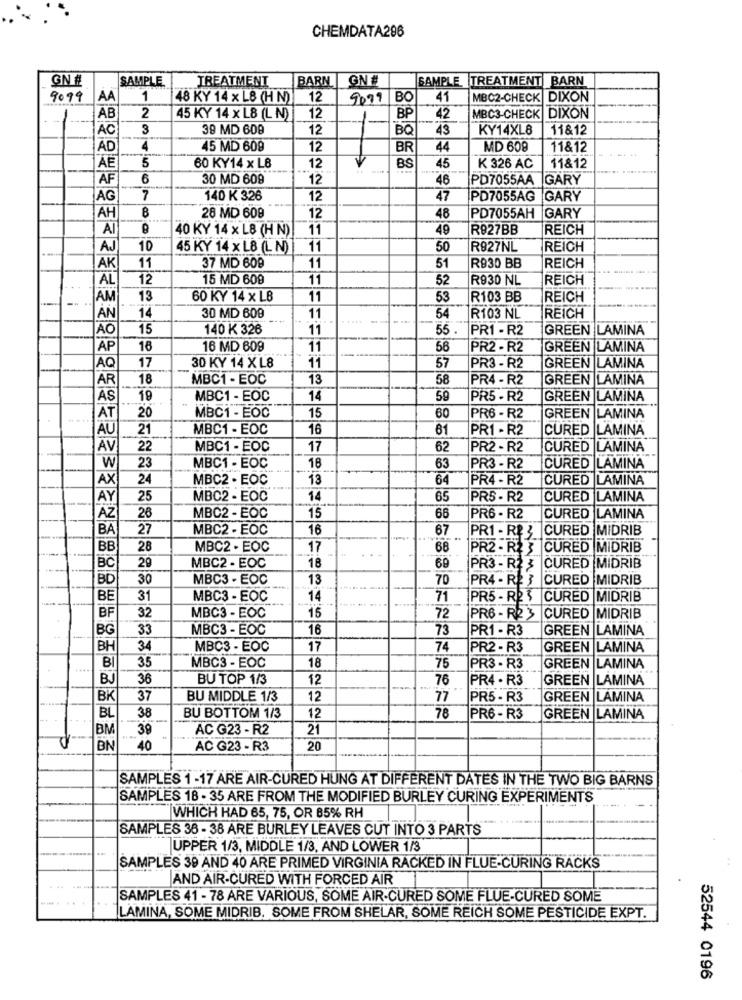
CHEMDATA296
GN #
SAMPLE.
TREATMENT
BARN
GN #
SAMPLE TREATMENT BARN
9099
AA
1
48 KY 14 x L8 (H N)
12
9099 BO
41
MBC2-CHECK DIXON
2
AB
45 KY 14 x L8 (L N)]
12
1-
BP
42
MBC3-CHECK DIXON
AC
3
39 MD 609
12
BQ
43
KY14XL8
11&12
AD
4
45 MD 609
12
BR
44
MD 609
11&12
60 KY14 x LB
45
5
12
BS
K 326 AC
11&12
AF
6
30 MD 609
12
46
PD7055AA GARY
AG
7
140 K 326
12
47
PD7055AG GARY
8
28 MD 609
AH
12
48
PD7055AH GARY
Al
40 KY 14 x LB (H N)
11
49
R927BB
REICH
AJ
10
45 KY 14 x L8 (L N)]
11
50
R927NL
REICH
AK
11
37 MD 609
11
51
RB30 BB
REICH
AL
12
15 MD 609
11
52
R930 NL
REICH
AM
13
60 KY 14 x LB
11
53
R103 BB
REICH
14
30 MD 609
11
54
R103 NL
REICH
AO
15
140 K 326
11
55 .
PR1 - R2
GREEN LAMINA
AP
18
16 MD 609
11
58
PR2 - R2
GREEN LAMINA
11
AQ
17
30 KY 14 XL8
57
PR3 - R2
GREEN LAMINA
AR
18
MBC1 - EOC
13
58
PR4 - R2
GREEN LAMINA
AS
18
MBC1 - EOC
14
59
PR5 - R2
GREEN LAMINA
20
MBC1 - EOC
15
AT
60
PR6 - R2
GREEN LAMINA
AU
21
MBC1 - EOC
16
61
PR1 - R2
CURED LAMINA
AV
22
MBC1 - EOC
17
62
PR2 - R2
CURED LAMINA
W
23
MBC1 - EOC
18
63
PR3 - R2
CURED LAMINA
AX
24
MBC2 . EOC
13
64
PR4 - R2
CURED LAMINA
AY
25
MBC2 - EOC
14
65
PR5 - R2
CURED LAMINA
26
AZ
MBC2 - EOC
15
66
PR6 - R2
CURED LAMINA
BA
27
MBC2 - EOC
16
67
PR1 - R$ 3 CURED MIDRIB
-
BB
28
MBC2 - EOC
17
68
PR2 - R2 3 |CURED MIDRIB
29
BC
MBC2 - EOC
18
69
PR3 - R2 3 CURED MIDRIB
BD
30
MBC3 - EOC
13
70
PR4 - RE 3 |CURED MIDRIB
BE
31
MBC3 - EOC
14
71
PR5 - RP 3
CURED MIDRIB
BF
32
MBC3 - EOC
15
72
PR6 - R2 3
CURED MIDRIB
BG
33
MBC3 - EOC
16
73
PR1 - R3
GREEN LAMINA
BH
34
MBC3 - EOC
17
74
PR2 - R3
GREEN LAMINA
35
PR3 - R3
B
MBC3 - EOC
18
75
GREEN LAMINA
BJ
36
BU TOP 1/3
12
76
PR4 . R3
GREEN LAMINA
BK
37
BU MIDDLE 1/3
12
77
PR5 - R3
GREEN LAMINA
38
BU BOTTOM 1/3
BL
12
78
PR6 - R3
GREEN LAMINA
BM
38
AC G23 - R2
21
BN
40
AC G23 - R3
20
SAMPLES 1-17 ARE AIR-CURED HUNG AT DIFFERENT DATES IN THE TWO BIG BARNS
SAMPLES 18 - 35 ARE FROM THE MODIFIED BURLEY CURING EXPERIMENTS
WHICH HAD 65, 75, OR 85% RH
SAMPLES 38 - 38 ARE BURLEY LEAVES CUT INTO 3 PARTS
UPPER 1/3, MIDDLE 1/3, AND LOWER 1/3
SAMPLES 39 AND 40 ARE PRIMED VIRGINIA RACKED IN FLUE-CURING RACKS
AND AIR-CURED WITH FORCED AIR
SAMPLES 41 - 78 ARE VARIOUS, SOME AIR-CURED SOME FLUE-CURED SOME
LAMINA, SOME MIDRIB. SOME FROM SHELAR, SOME REICH SOME PESTICIDE EXPT.
52544 0196